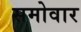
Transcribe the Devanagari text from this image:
समोवार